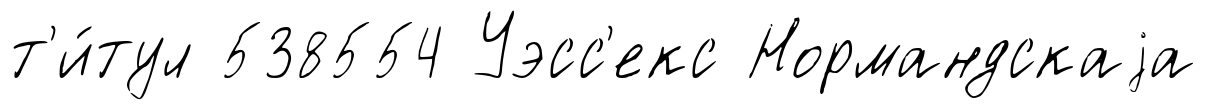
т'и́тул 538554 Уэсс'екс Нормандскаjа